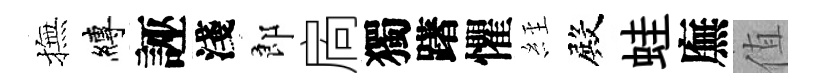
撫縛誣淺郎扄獨躇懼𦀇殿蛙廡值